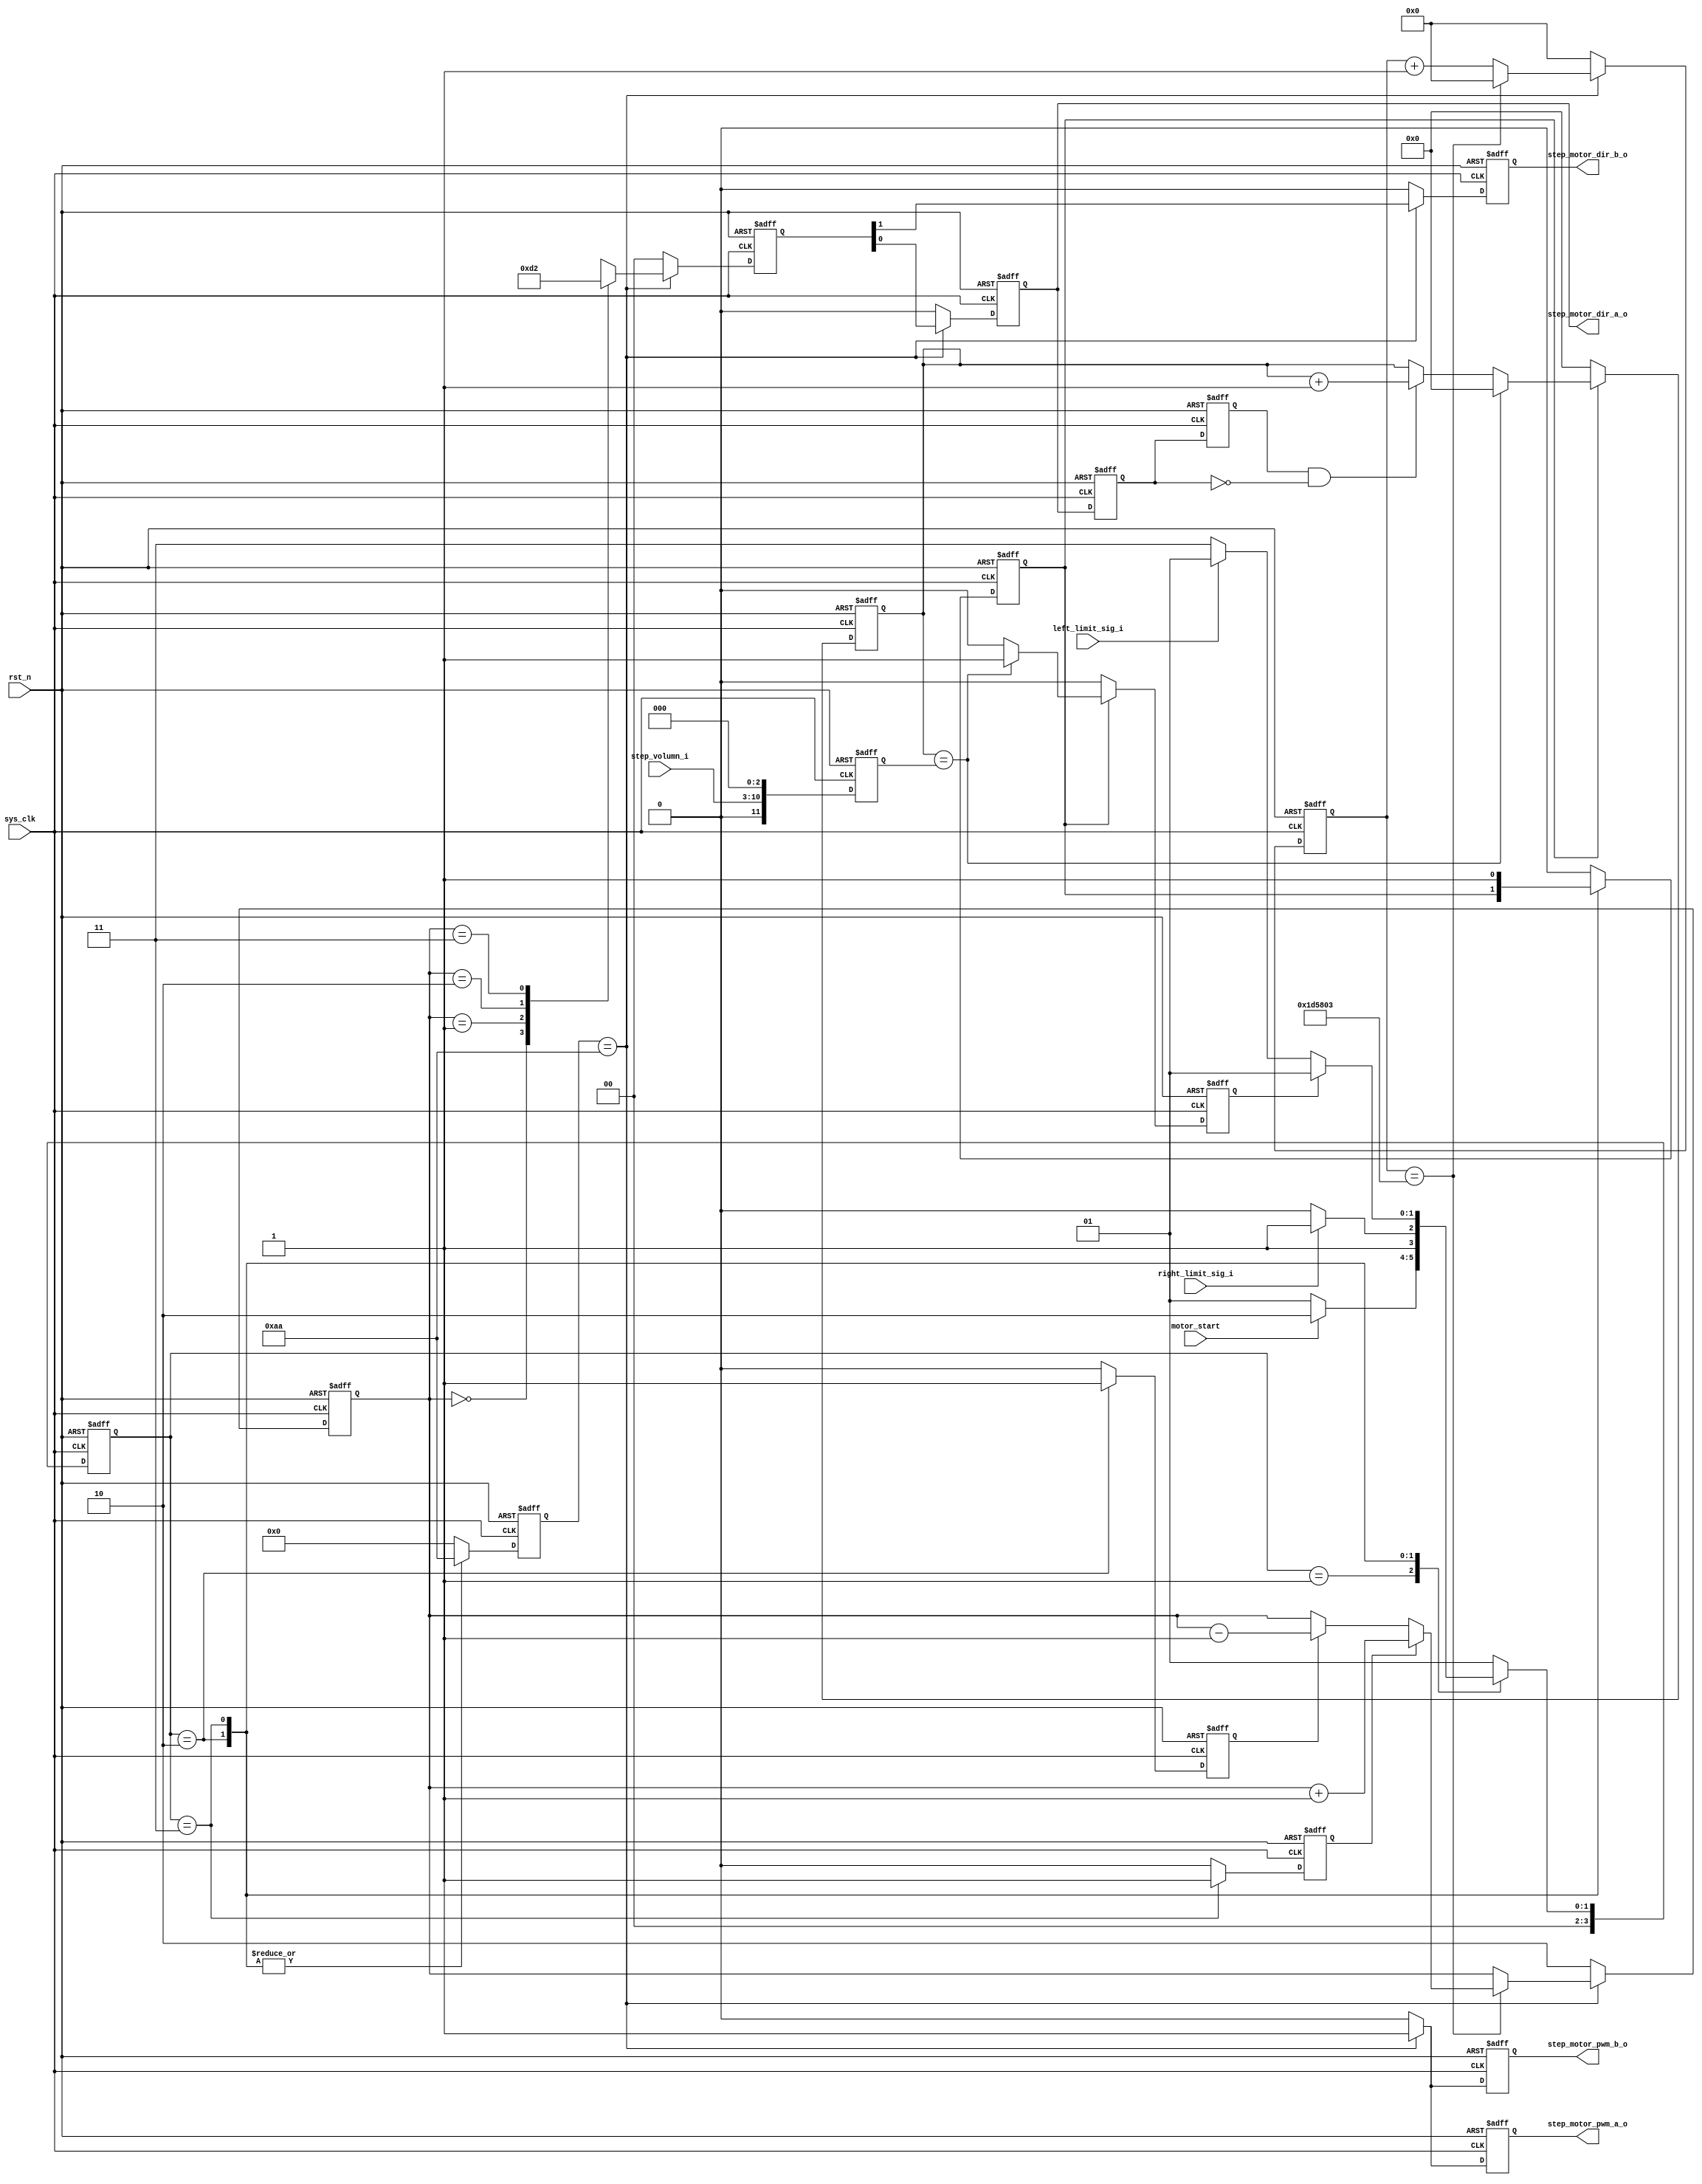
module step_motor_ctrl
#( parameter motor_speed = 13,                /* Hz      */
   parameter clk_freq    = 100)               /* MHz */
(
    input   wire       sys_clk            ,   /*                 */
    input   wire       rst_n              ,   /* 0       */
    input   wire       motor_start        ,   /* 1   */
    input   wire [7:0] step_volumn_i      ,   /*               */
    input   wire       left_limit_sig_i   ,   /*               */
    input   wire       right_limit_sig_i  ,   /*               */
    output  wire       step_motor_dir_a_o ,   /* dira            */
    output  wire       step_motor_dir_b_o ,   /* dirb            */
    output  wire       step_motor_pwm_a_o ,   /* pwma            */
    output  wire       step_motor_pwm_b_o     /* pwmb            */
);


parameter idle = 4'd1;
parameter limit_sig_receive = 4'd2;
parameter goto_destination = 4'd3;

reg        step_motor_dir_a;
reg        step_motor_dir_b;
reg        step_motor_pwm_a;
reg        step_motor_pwm_b;
reg [3:0]  pr_state; /* synthesis syn_encoding = "safe" */
reg [3:0]  nx_state; /* synthesis syn_encoding = "safe" */
reg        left_drive;
reg        right_drive;
reg        arrive_destination;
reg [7:0]  step_motor_en;
reg [11:0] step_volumn_r;
reg        pulse_cnt_en;
reg [11:0] pulse_cnt;
reg        step_motor_dir_a_d0;
reg        step_motor_dir_a_d1;
reg        cnt_1s_delay_en;
reg [27:0] cnt_1s_delay;

/* 1s delay */
always@(posedge sys_clk or negedge rst_n)
    begin
        if(~rst_n)  cnt_1s_delay <= 28'd0;
        else if(cnt_1s_delay_en)
			 if(cnt_1s_delay == 28'd999999)   cnt_1s_delay <= 28'd0;
			 else                             cnt_1s_delay <= cnt_1s_delay + 1;
        else                               cnt_1s_delay <= 28'd0;
    end

/* state machine */
always@(posedge sys_clk or negedge rst_n)
    begin
       if(~rst_n) pr_state <= idle;
       else       pr_state <= nx_state;
    end
    
always@(*)
    begin
        case(pr_state)
            idle:
            begin
               if(motor_start)  nx_state = limit_sig_receive;
               else 					   nx_state = idle;
            end
				
            limit_sig_receive:
            begin
               if(right_limit_sig_i == 1'b1)  nx_state = goto_destination;
               else                           nx_state = limit_sig_receive;
            end
				
            goto_destination:
            begin
               if(arrive_destination)             nx_state = idle;
               else if(left_limit_sig_i == 1'b1)  nx_state = idle;
               else                               nx_state = goto_destination;
            end
            default: nx_state = idle;
         endcase
    end
    
always@(posedge sys_clk or negedge rst_n)
    begin
        if(~rst_n) 
			  begin
					step_motor_en   <= 8'h00;
					pulse_cnt_en    <= 1'b0;
					left_drive      <= 1'b0;
					right_drive     <= 1'b0;
					cnt_1s_delay_en <= 1'b0;
			  end
        else 
			  begin
					case(pr_state) 
						 idle:
						 begin
							  pulse_cnt_en    <= 1'b0;
							  step_motor_en   <= 8'h00;
							  left_drive      <= 1'b0;
							  right_drive     <= 1'b0;
							  cnt_1s_delay_en <= 1'b0;
						 end
						 
						 limit_sig_receive:
						 begin
							  step_motor_en <= 8'hAA;
							  right_drive   <= 1'b1;
							  left_drive    <= 1'b0;
						 end
						 
						 goto_destination:
						 begin
							  cnt_1s_delay_en <= 1'b0;
							  step_motor_en   <= 8'hAA;
							  right_drive     <= 1'b0;
							  left_drive      <= 1'b1;
							  pulse_cnt_en    <= 1'b1;
						 end
						 default:begin
										step_motor_en   <= 8'h00;
										pulse_cnt_en    <= 1'b0;
										left_drive      <= 1'b0;
										right_drive     <= 1'b0;
										cnt_1s_delay_en <= 1'b0;
									end
				  endcase 
			  end
      end
 
always@(posedge sys_clk or negedge rst_n)
 begin
	  if(~rst_n)
		  begin
				step_motor_dir_a_d0 <= 1'b0;
				step_motor_dir_a_d1 <= 1'b1;
		  end
	  else 
		  begin
				step_motor_dir_a_d0 <= step_motor_dir_a;
				step_motor_dir_a_d1 <= step_motor_dir_a_d0;
		  end
 end
 
always@(posedge sys_clk or negedge rst_n)
 begin
	  if(~rst_n)  step_volumn_r <= 12'd0;
	  else        step_volumn_r <= (step_volumn_i<<3);
 end
 
always@(posedge sys_clk or negedge rst_n)
 begin
	  if(~rst_n)
		  begin
				pulse_cnt <= 12'd0;
				arrive_destination <= 1'b0;
		  end
	  else if(pulse_cnt_en)
			if(pulse_cnt == step_volumn_r)
				begin
					 arrive_destination <= 1'b1;
					 pulse_cnt          <= 12'd0;
				end
			else if(step_motor_dir_a_d1 == 1'b1 && step_motor_dir_a_d0 == 1'b0)
				begin
					 pulse_cnt          <= pulse_cnt + 1;
					 arrive_destination <= 1'b0;
				end
			else 
				begin
					 pulse_cnt          <= pulse_cnt;
					 arrive_destination <= 1'b0;
				end
	  else 
		  begin
				pulse_cnt <= 12'd0;
				arrive_destination <= 1'b0;
		  end   
 end
 

 
reg [23:0]  speed_count_num;
reg [1:0]   drive_state;
 
always@(posedge sys_clk or negedge rst_n)
 begin
	  if(~rst_n)
		  begin
				speed_count_num <= 24'd0;
				drive_state     <= 2'b10;
		  end
	  else if(step_motor_en == 8'hAA )
			if(speed_count_num == 250000*clk_freq/motor_speed - 24'd1)
				begin
					 speed_count_num  <= 24'd0;
					 if(left_drive)        drive_state <= drive_state + 1;
					 else if(right_drive)  drive_state <= drive_state - 1;
					 else                  drive_state <= drive_state;
				end
			else  speed_count_num <= speed_count_num + 1;
	  else 
		  begin
				drive_state <= 2'b10;
				speed_count_num <=24'd0;
		  end
 end
    
reg [1:0] step_motor_out;

always@(posedge sys_clk or negedge rst_n)
    begin
        if(~rst_n)  step_motor_out <= 2'b00;
        else if(step_motor_en == 8'hAA)
			  begin
					case (drive_state)
						 2'b00: step_motor_out <= 2'b11;
						 2'b01: step_motor_out <= 2'b01;
						 2'b10: step_motor_out <= 2'b00;
						 2'b11: step_motor_out <= 2'b10;
						 default: step_motor_out <= step_motor_out;
					endcase
			  end
        else step_motor_out <= 2'b00;
    end
 
always@(posedge sys_clk or negedge rst_n)
    begin
        if(~rst_n)
			  begin
					step_motor_dir_a <= 1'b0;
					step_motor_dir_b <= 1'b0;
					step_motor_pwm_a <= 1'b0;
					step_motor_pwm_b <= 1'b0;
			  end
        else if(step_motor_en == 8'hAA )
			  begin
					step_motor_dir_a <= step_motor_out[0];
					step_motor_dir_b <= step_motor_out[1];
					step_motor_pwm_a <= 1'b1;
					step_motor_pwm_b <= 1'b1;
			  end
        else 
			  begin
					step_motor_dir_a <= 1'b0;
					step_motor_dir_b <= 1'b0;
					step_motor_pwm_a <= 1'b0;
					step_motor_pwm_b <= 1'b0;
			  end
    end

assign step_motor_dir_a_o = step_motor_dir_a;
assign step_motor_dir_b_o = step_motor_dir_b;
assign step_motor_pwm_a_o = step_motor_pwm_a;
assign step_motor_pwm_b_o = step_motor_pwm_b;

 endmodule